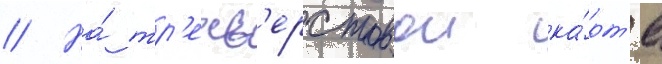
// На́ тр'ехв'ерстовои ка́рт'е